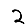
Digit: 2